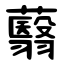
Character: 蘙